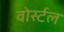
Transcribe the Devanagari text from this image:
वोर्स्टल